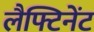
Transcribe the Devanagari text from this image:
लैफ्टिनेंट